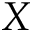
X